Leaving Certificate Examination (including Day School Certificate (Higher) General paper), 1928
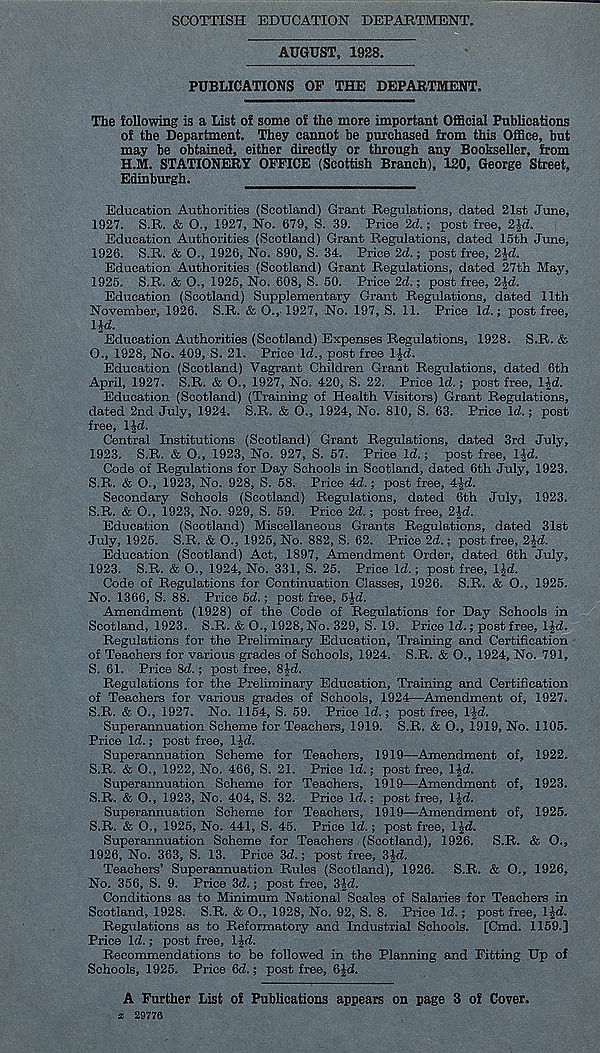
SCOTTISH EDUCATION DEPARTMENT.
AUGUST, 1928.
PUBLICATIONS OP THE DEPARTMENT.
The following is a List of some of the more important Official Publications
of the Department. They cannot be purchased from this Office, but
may be obtained, either directly or through any Bookseller, from
H.M. STATIONERY OFFICE (Scottish Branch), 120, George Street,
Edinburgh.
Education Authorities (Scotland) Grant Regulations, dated 21st June.
1927. S.R. & 0„ 1927, No. 679, S. 39. Price 2d.; post free, 2%d.
Education Authorities (Scotland) Grant Regulations, dated 15th June,
1926. S.R. & O., 1926, No. 890, S. 34. Price 2d.; post free, 2Jd.
Education Authorities (Scotland) Grant Regulations, dated 27th May,
1925. S.R. & O., 1925, No. 608, S. 50. Price 2d.; post free, 2-|d.
Education (Scotland) Supplementary Grant Regulations, dated 11th
November, 1926. S.R. & O., 1927, No. 197, S. 11. Price Id.; post free,
lid.
Education Authorities (Scotland) Expenses Regulations, 1928. S.R. &
O., 1928, No. 409, S. 21. Price Id., post free I Jd.
Education (Scotland) Vagrant Children Grant Regulations, dated 6th
April, 1927. S.R. & O., 1927, No. 420, S, 22. Price Id.; post free, l^d.
Education (Scotland) (Training of Health Visitors) Grant Regulations,
dated 2nd July, 1924. S.R. & O., 1924, No. 810, S. 63. Price Id.; post
free, IJd.
Central Institutions (Scotland) Grant Regulations, dated 3rd July,
1923. S.R. & O., 1923, No. 927, S. 57. Price Id.; post free, l^d.
Code of Regulations for Day Schools in Scotland, dated 6th July, 1923.
S.R. & O., 1923, No. 928, S. 58. Price 4d.; post free, 4£d.
Secondary Schools (Scotland) Regulations, dated 6th July, 1923.
S.R. & O., 1923, No. 929, S. 59. Price 2d.; post free, 2|d.
Education (Scotland) Miscellaneous Grants Regulations, dated 31st
July, 1925. S.R. & O., 1925, No. 882, S. 62. Price 2d.; post free, 2Jd.
Education (Scotland) Act, 1897, Amendment Order, dated 6th July,
1923. S.R. & O., 1924, No. 331, S. 25. Price Id.; post free, l|d.
Code of Regulations for Continuation Classes, 1926. S.R. & O., 1925.
No. 1366, S. 88. Price 5d.; post free, 5 Jd.
Amendment (1928) of the Code of Regulations for Day Schools in
Scotland, 1923. S.R. & O., 1928, No. 329, S. 19. Price Id.; post free, IJd.
Regulations for the Preliminary Education, Training and Certification
of Teachers for various grades of Schools, 1924. S.R. & O., 1924, No. 791,
S. 61. Price 8d.; post free, 8|d.
Regulations for the Preliminary Education, Training and Certification
of Teachers for various grades of Schools, 1924—Amendment of, 1927.
S.R. & O., 1927. No. 1154, S. 59. Price Id.; post free, 1 Id.
Superannuation Scheme for Teachers, 1919. S.R. & O., 1919, No. 1105.
Price Id.; post free, IJd.
Superannuation Scheme for Teachers, 1919—Amendment of, 1922.
S.R. & O., 1922, No. 466, S. 21. Price Id.; post free, IJd.
Superannuation Scheme for Teachers, 1919—Amendment of, 1923.
S.R. & O., 1923, No. 404, S. 32. Price Id.; post free, IJd.
Superannuation Scheme for Teachers, 1919—Amendment of, 1925.
S.R. & O., 1925, No. 441, S. 45. Price Id.; post free, l.)d.
Superannuation Scheme for Teachers (Scotland), 1926.
S.R. & O.,
1926, No. 363, S. 13. Price 3d.; post free, 3£d.
Teachers’ Superannuation Rules (Scotland), 1926.
S.R. & O., 1926,
No. 356, S. 9. Price 3d.; post free, 3id.
Conditions as to Minimum National Scales of Salaries for Teachers in
Scotland, 1928. S.R. & O., 1928, No. 92, S. 8. Price Id.; post free, 1 Id.
Regulations as to Reformatory and Industrial Schools. [Cmd. 1159.]
Price Id.; post free, IJd.
Recommendations to be followed in the Planning and Fitting Up of
Schools, 1925. Price 6d.; post free, 6Jd.
A Further List of Publications appears on page 3 of Cover.
x 29776